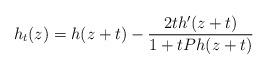
LaTeX: \begin{align*}h_t(z) = h(z+t) - \frac{2t h'(z+t)}{1+tPh(z+t)}\end{align*}